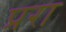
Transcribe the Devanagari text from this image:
प्ररा